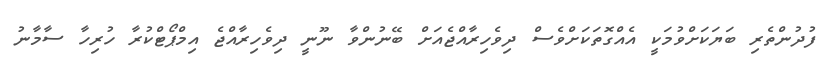
ފުދުންތެރި ބަޔަކަށްވުމަކީ އެއްގޮތަކަށްވެސް ދިވެހިރާއްޖެއަށް ބޭނުންވާ ނޫނީ ދިވެހިރާއްޖެ އިމްޕޯޓްކުރާ ހުރިހާ ސާމާނު